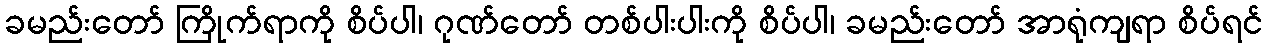
ခမည်းတော် ကြိုက်ရာကို စိပ်ပါ၊ ဂုဏ်တော် တစ်ပါးပါးကို စိပ်ပါ၊ ခမည်းတော် အာရုံကျရာ စိပ်ရင်